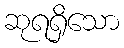
ဆုရရှိသော